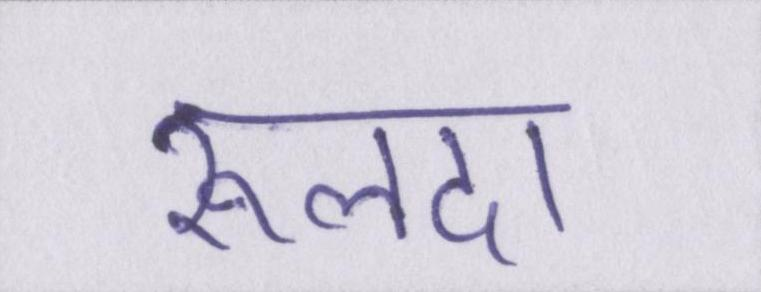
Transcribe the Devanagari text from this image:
रूलदा